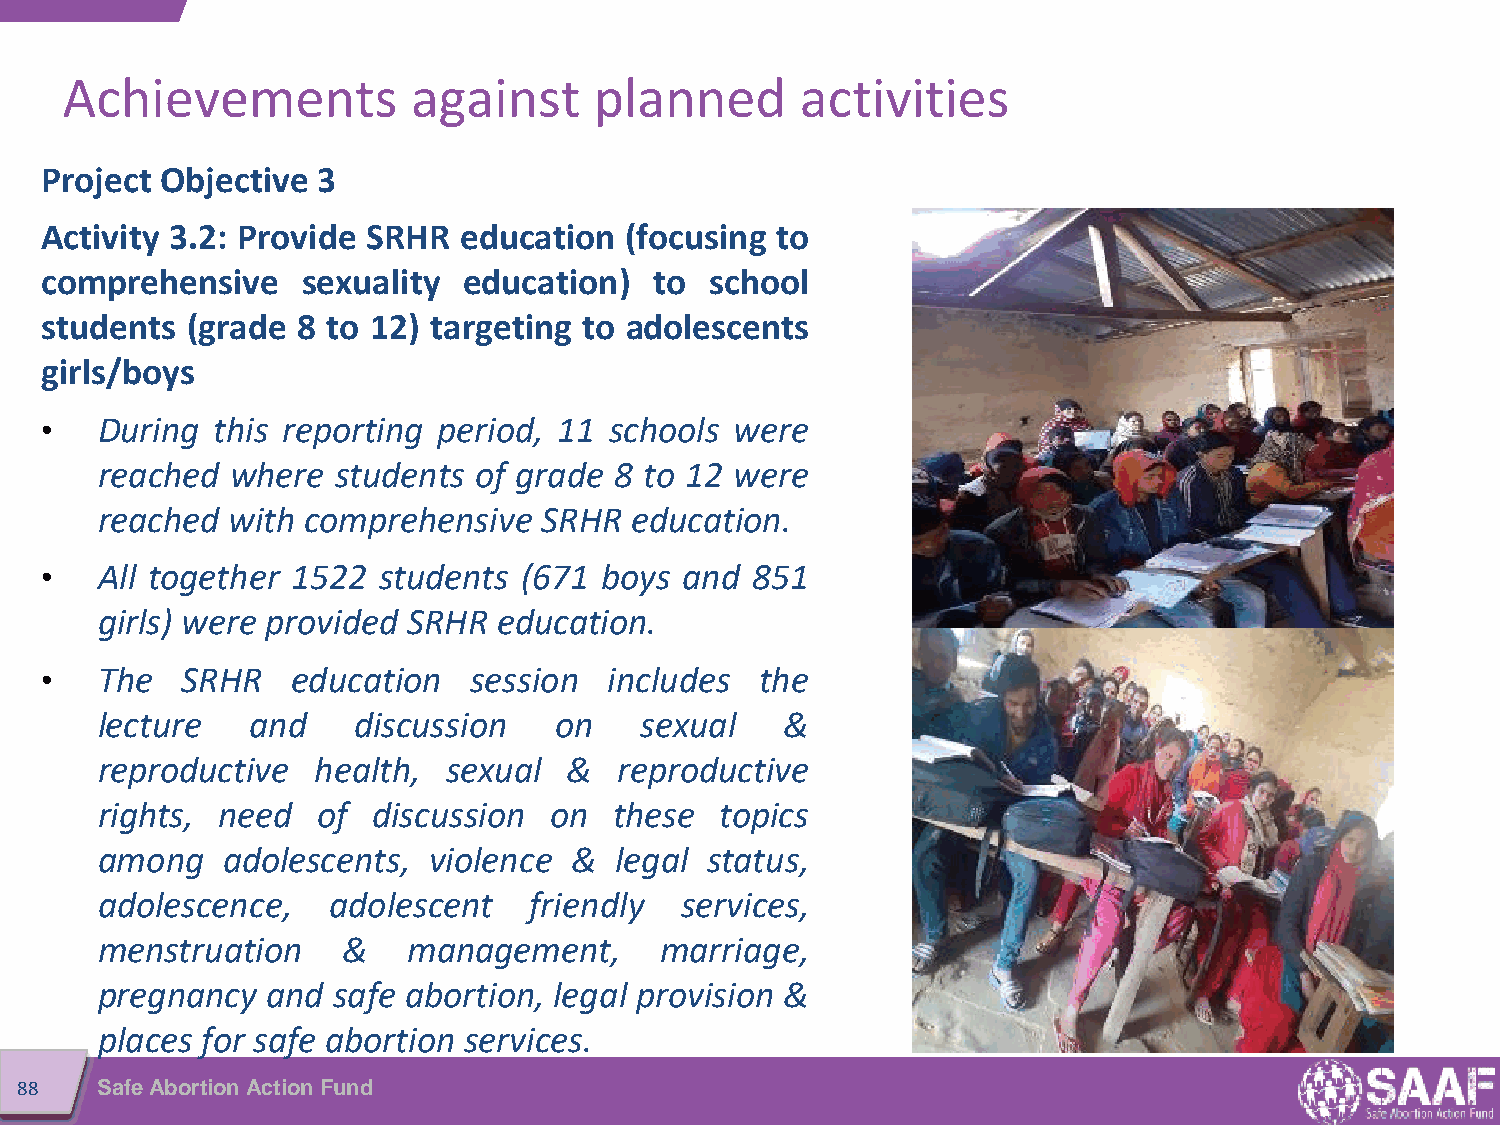
Achievements           against     planned       activities
 Project Objective 3
 Activity 3.2: Provide SRHR education  (focusing to
 comprehensive    sexuality  education)  to  school
 students (grade  8 to 12) targeting to adolescents
 girls/boys
 •  During  this reporting period, 11 schools  were
 reached  where  students of grade  8 to 12 were
 reached  with comprehensive   SRHR  education.
 •  All together 1522  students (671  boys and  851
 girls) were provided SRHR  education.
 •  The   SRHR   education   session  includes  the
 lecture   and    discussion    on   sexual    &
 reproductive   health,  sexual &   reproductive
 rights, need   of  discussion on   these  topics
 among    adolescents, violence  &  legal status,
 adolescence,    adolescent   friendly  services,
 menstruation     &   management,      marriage,
 pregnancy   and safe abortion, legal provision &
 places for safe abortion services.
 88   Safe Abortion Action Fund